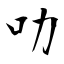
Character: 叻